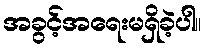
အခွင့်အရေးမရှိခဲ့ပါ။